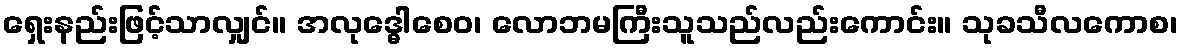
ရှေးနည်းဖြင့်သာလျှင်။ အလုဒ္ဓေါစေဝ၊ လောဘမကြီးသူသည်လည်းကောင်း။ သုခသီလကောစ၊